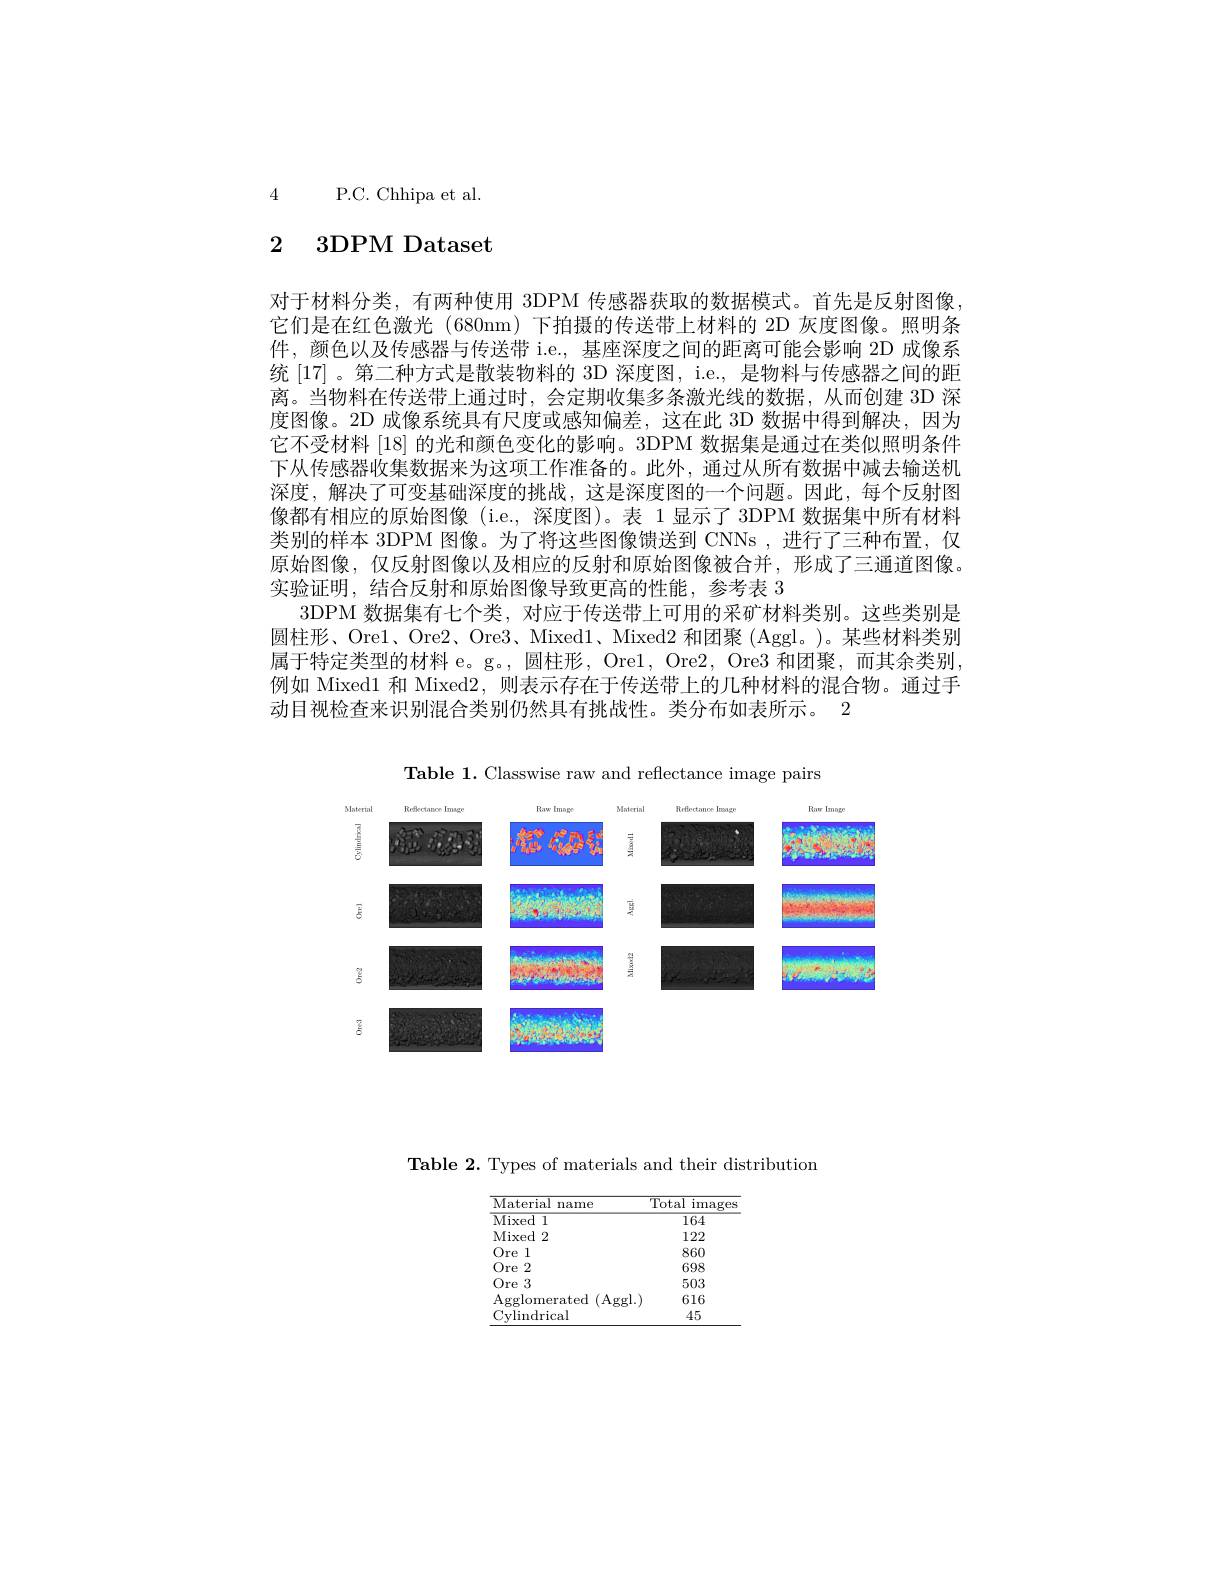
4 P.C. Chhipa et al.

# 2 3DPM Dataset

对于材料分类，有两种使用 3DPM 传感器获取的数据模式。首先是反射图像， 它们是在红色激光 (680nm) 下拍摄的传送带上材料的 2D 灰度图像。照明条件，颜色以及传感器与传送带 i.e., 基座深度之间的距离可能会影响 2D 成像系统[17] 。第二种方式是散装物料的 3D 深度图，i.e., 是物料与传感器之间的距离。当物料在传送带上通过时，会定期收集多条激光线的数据，从而创建 3D 深度图像。2D 成像系统具有尺度或感知偏差，这在此 3D 数据中得到解决，因为它不受材料|18|的光和颜色变化的影响。3DPM 数据集是通过在类似照明条件下从传感器收集数据来为这项工作准备的。此外，通过从所有数据中减去输送机深度，解决了可变基础深度的挑战，这是深度图的一个问题。因此，每个反射图像都有相应的原始图像 (i.e.,深度图)。表 1 显示了 3DPM 数据集中所有材料类别的样本 3DPM 图像。为了将这些图像馈送到 CNNs ,进行了三种布置，仅原始图像，仅反射图像以及相应的反射和原始图像被合并，形成了三通道图像。实验证明，结合反射和原始图像导致更高的性能，参考表 3
3DPM 数据集有七个类，对应于传送带上可用的采矿材料类别。这些类别是圆柱形、Ore1、Ore2、Ore3、Mixed1、Mixed2 和团聚 (Aggl。)。某些材料类别属于特定类型的材料 e。g。, 圆柱形，Ore1, Ore2, Ore3 和团聚，而其余类别， 例如 Mixed1 和 Mixed2,则表示存在于传送带上的几种材料的混合物。通过手动目视检查来识别混合类别仍然具有挑战性。类分布如表所示。2

Table 1. Classwise raw and reflectance image pairs

<FigureHere>

Table 2. Types of materials and their distribution

<table>
	<tbody>
		<tr>
			<th>Material name</th>
			<th>Total images</th>
		</tr>
		<tr>
			<td>Mixed 1</td>
			<td>164</td>
		</tr>
		<tr>
			<td>Mixed 2</td>
			<td>122</td>
		</tr>
		<tr>
			<td>Ore 1</td>
			<td>860</td>
		</tr>
		<tr>
			<td>Ore 2</td>
			<td>698</td>
		</tr>
		<tr>
			<td>Ore 3</td>
			<td>503</td>
		</tr>
		<tr>
			<td>$\operatorname{Agglomerated}$ (Ag</td>
			<td>ggl. ) 616</td>
		</tr>
		<tr>
			<td>Cylindrical</td>
			<td>45</td>
		</tr>
	</tbody>
</table>